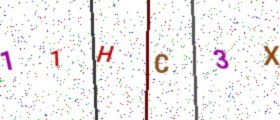
Text: 11HC3X